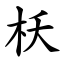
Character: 枖